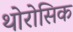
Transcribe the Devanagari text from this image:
थोरोसिक